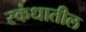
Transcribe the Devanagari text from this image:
स्कंधातील